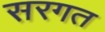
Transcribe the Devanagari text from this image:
सरगत